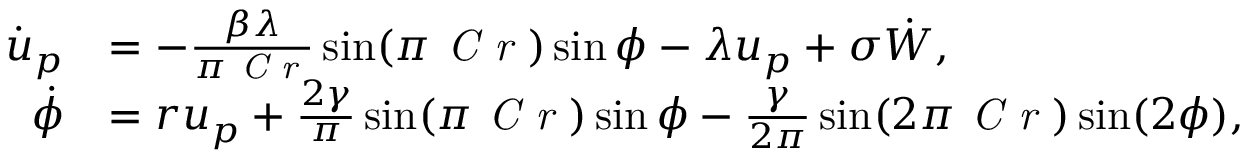
\begin{array} { r l } { \dot { u } _ { p } } & { = - \frac { \beta \lambda } { \pi \mathrm { \textit { C r } } } \sin ( \pi \mathrm { \textit { C r } } ) \sin \phi - \lambda u _ { p } + \sigma \dot { W } , } \\ { \dot { \phi } } & { = r u _ { p } + \frac { 2 \gamma } { \pi } \sin ( \pi \mathrm { \textit { C r } } ) \sin \phi - \frac { \gamma } { 2 \pi } \sin ( 2 \pi \mathrm { \textit { C r } } ) \sin ( 2 \phi ) , } \end{array}